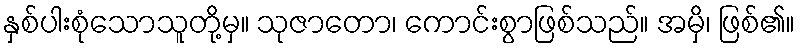
နှစ်ပါးစုံသောသူတို့မှ။ သုဇာတော၊ ကောင်းစွာဖြစ်သည်။ အမှိ၊ ဖြစ်၏။